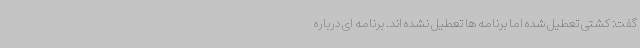
گفت: کشتی تعطیل شده اما برنامه ها تعطیل نشده اند. برنامه ای درباره